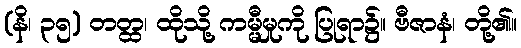
(နိ၊ ၃၅) တတ္ထ၊ ထိုသို့ ကမ္မီမှုကို ပြုရာ၌။ ဗီဇာနံ၊ တို့၏။